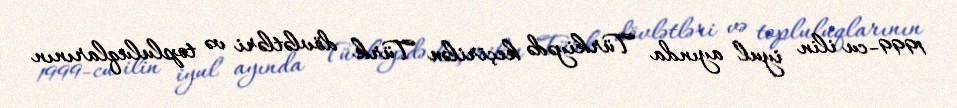
1999-cu ilin iyul ayında Türkiyədə keçirilən Türk dövlətləri və topluluqlarının